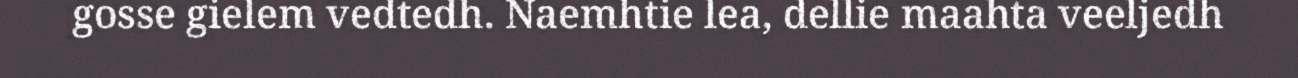
gosse gielem vedtedh. Naemhtie lea, dellie maahta veeljedh